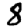
Digit: 8